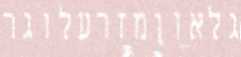
גלאוןמזרעלוגר